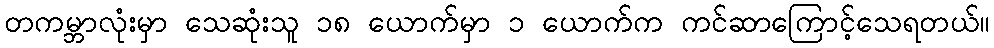
တကမ္ဘာလုံးမှာ သေဆုံးသူ ၁၈ ယောက်မှာ ၁ ယောက်က ကင်ဆာကြောင့်သေရတယ်။